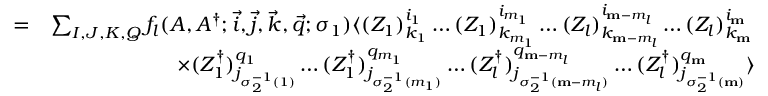
\begin{array} { r l } { = } & { \sum _ { I , J , K , Q } f _ { l } ( A , A ^ { \dagger } ; \vec { i } , \vec { j } , \vec { k } , \vec { q } ; \sigma _ { 1 } ) \langle ( Z _ { 1 } ) _ { k _ { 1 } } ^ { i _ { 1 } } \dots ( Z _ { 1 } ) _ { k _ { m _ { 1 } } } ^ { i _ { m _ { 1 } } } \dots ( Z _ { l } ) _ { k _ { \mathbf { m } - m _ { l } } } ^ { i _ { \mathbf { m } - m _ { l } } } \dots ( Z _ { l } ) _ { k _ { \mathbf { m } } } ^ { i _ { \mathbf { m } } } } \\ & { \qquad \qquad \qquad \times ( Z _ { 1 } ^ { \dagger } ) _ { j _ { \sigma _ { 2 } ^ { - 1 } ( 1 ) } } ^ { q _ { 1 } } \dots ( Z _ { 1 } ^ { \dagger } ) _ { j _ { \sigma _ { 2 } ^ { - 1 } ( m _ { 1 } ) } } ^ { q _ { m _ { 1 } } } \dots ( Z _ { l } ^ { \dagger } ) _ { j _ { \sigma _ { 2 } ^ { - 1 } ( \mathbf { m } - m _ { l } ) } } ^ { q _ { \mathbf { m } - m _ { l } } } \dots ( Z _ { l } ^ { \dagger } ) _ { j _ { \sigma _ { 2 } ^ { - 1 } ( \mathbf { m } ) } } ^ { q _ { \mathbf { m } } } \rangle } \end{array}